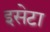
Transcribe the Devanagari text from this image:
इसेटा